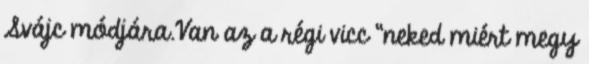
Svájc módjára.Van az a régi vicc “neked miért megy